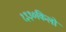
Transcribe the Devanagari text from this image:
१३३०किलो